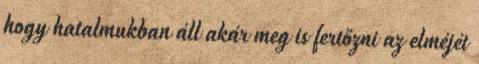
hogy hatalmukban áll akár meg is fertőzni az elméjét